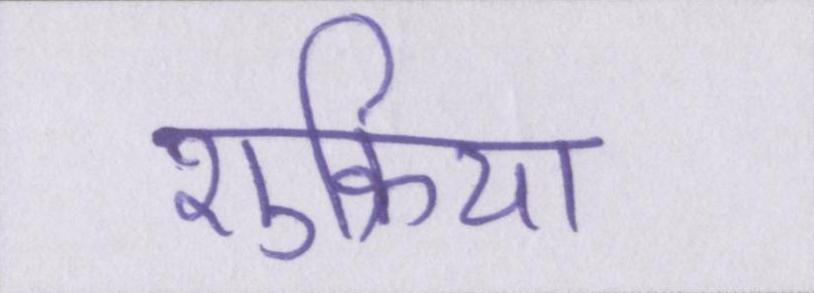
शुक्रिया